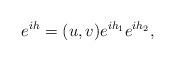
LaTeX: \begin{align*}e^{i h}=(u,v)e^{ih_1}e^{ih_2},\end{align*}